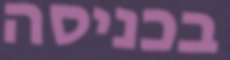
בכניסה